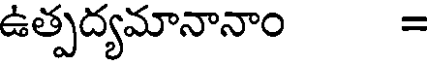
ఉత్పద్యమానానాం =